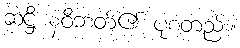
ဆဋ္ဌီ နံဝိဘတ်၏ ပုံစံတည်း။